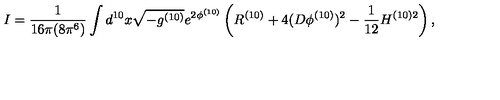
I = \frac { 1 } { 1 6 \pi ( 8 \pi ^ { 6 } ) } \int d ^ { 1 0 } x \sqrt { - g ^ { ( 1 0 ) } } e ^ { 2 \phi ^ { ( 1 0 ) } } \left( R ^ { ( 1 0 ) } + 4 ( D \phi ^ { ( 1 0 ) } ) ^ { 2 } - \frac { 1 } { 1 2 } H ^ { ( 1 0 ) 2 } \right) ,